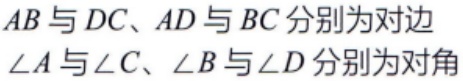
$AB与DC、AD与BC分别为对边\\

\angle A与\angle C、\angle B与\angle D分别为对角$